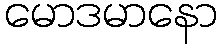
မောဒမာနော